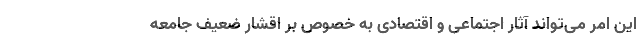
این امر می‌تواند آثار اجتماعی و اقتصادی به خصوص بر اقشار ضعیف جامعه